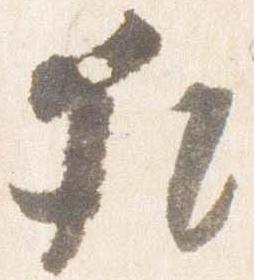
猶